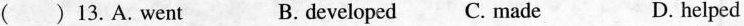
() 13.A. went B. developed C. made D. helped